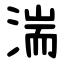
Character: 湍